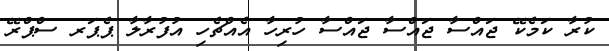
ކުރާ ކަމެކޭ ޖައްސާ ޖައްސާ ޖައްސާ ހުރިހާ އެއްޗެހި އުފުރާލާ ޕެޕަރ ސްޕްރޭ